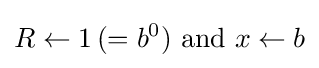
R\leftarrow 1\,(=b^{0}){\text{ and }}x\leftarrow b